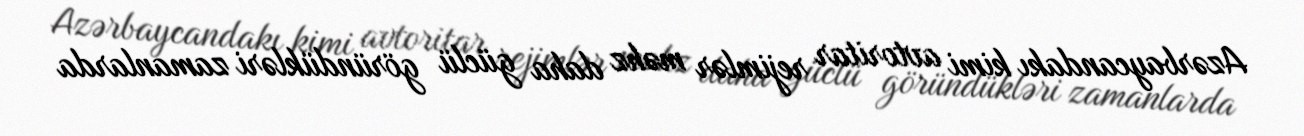
Azərbaycandakı kimi avtoritar rejimlər məhz daha güclü göründükləri zamanlarda